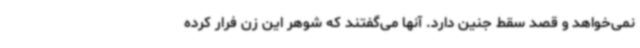
نمی‌خواهد و قصد سقط جنین دارد. آنها می‌گفتند که شوهر این زن فرار کرده